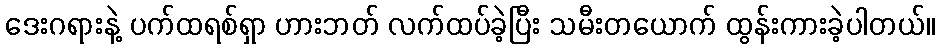
ဒေးဂရားနဲ့ ပက်ထရစ်ရှာ ဟားဘတ် လက်ထပ်ခဲ့ပြီး သမီးတယောက် ထွန်းကားခဲ့ပါတယ်။